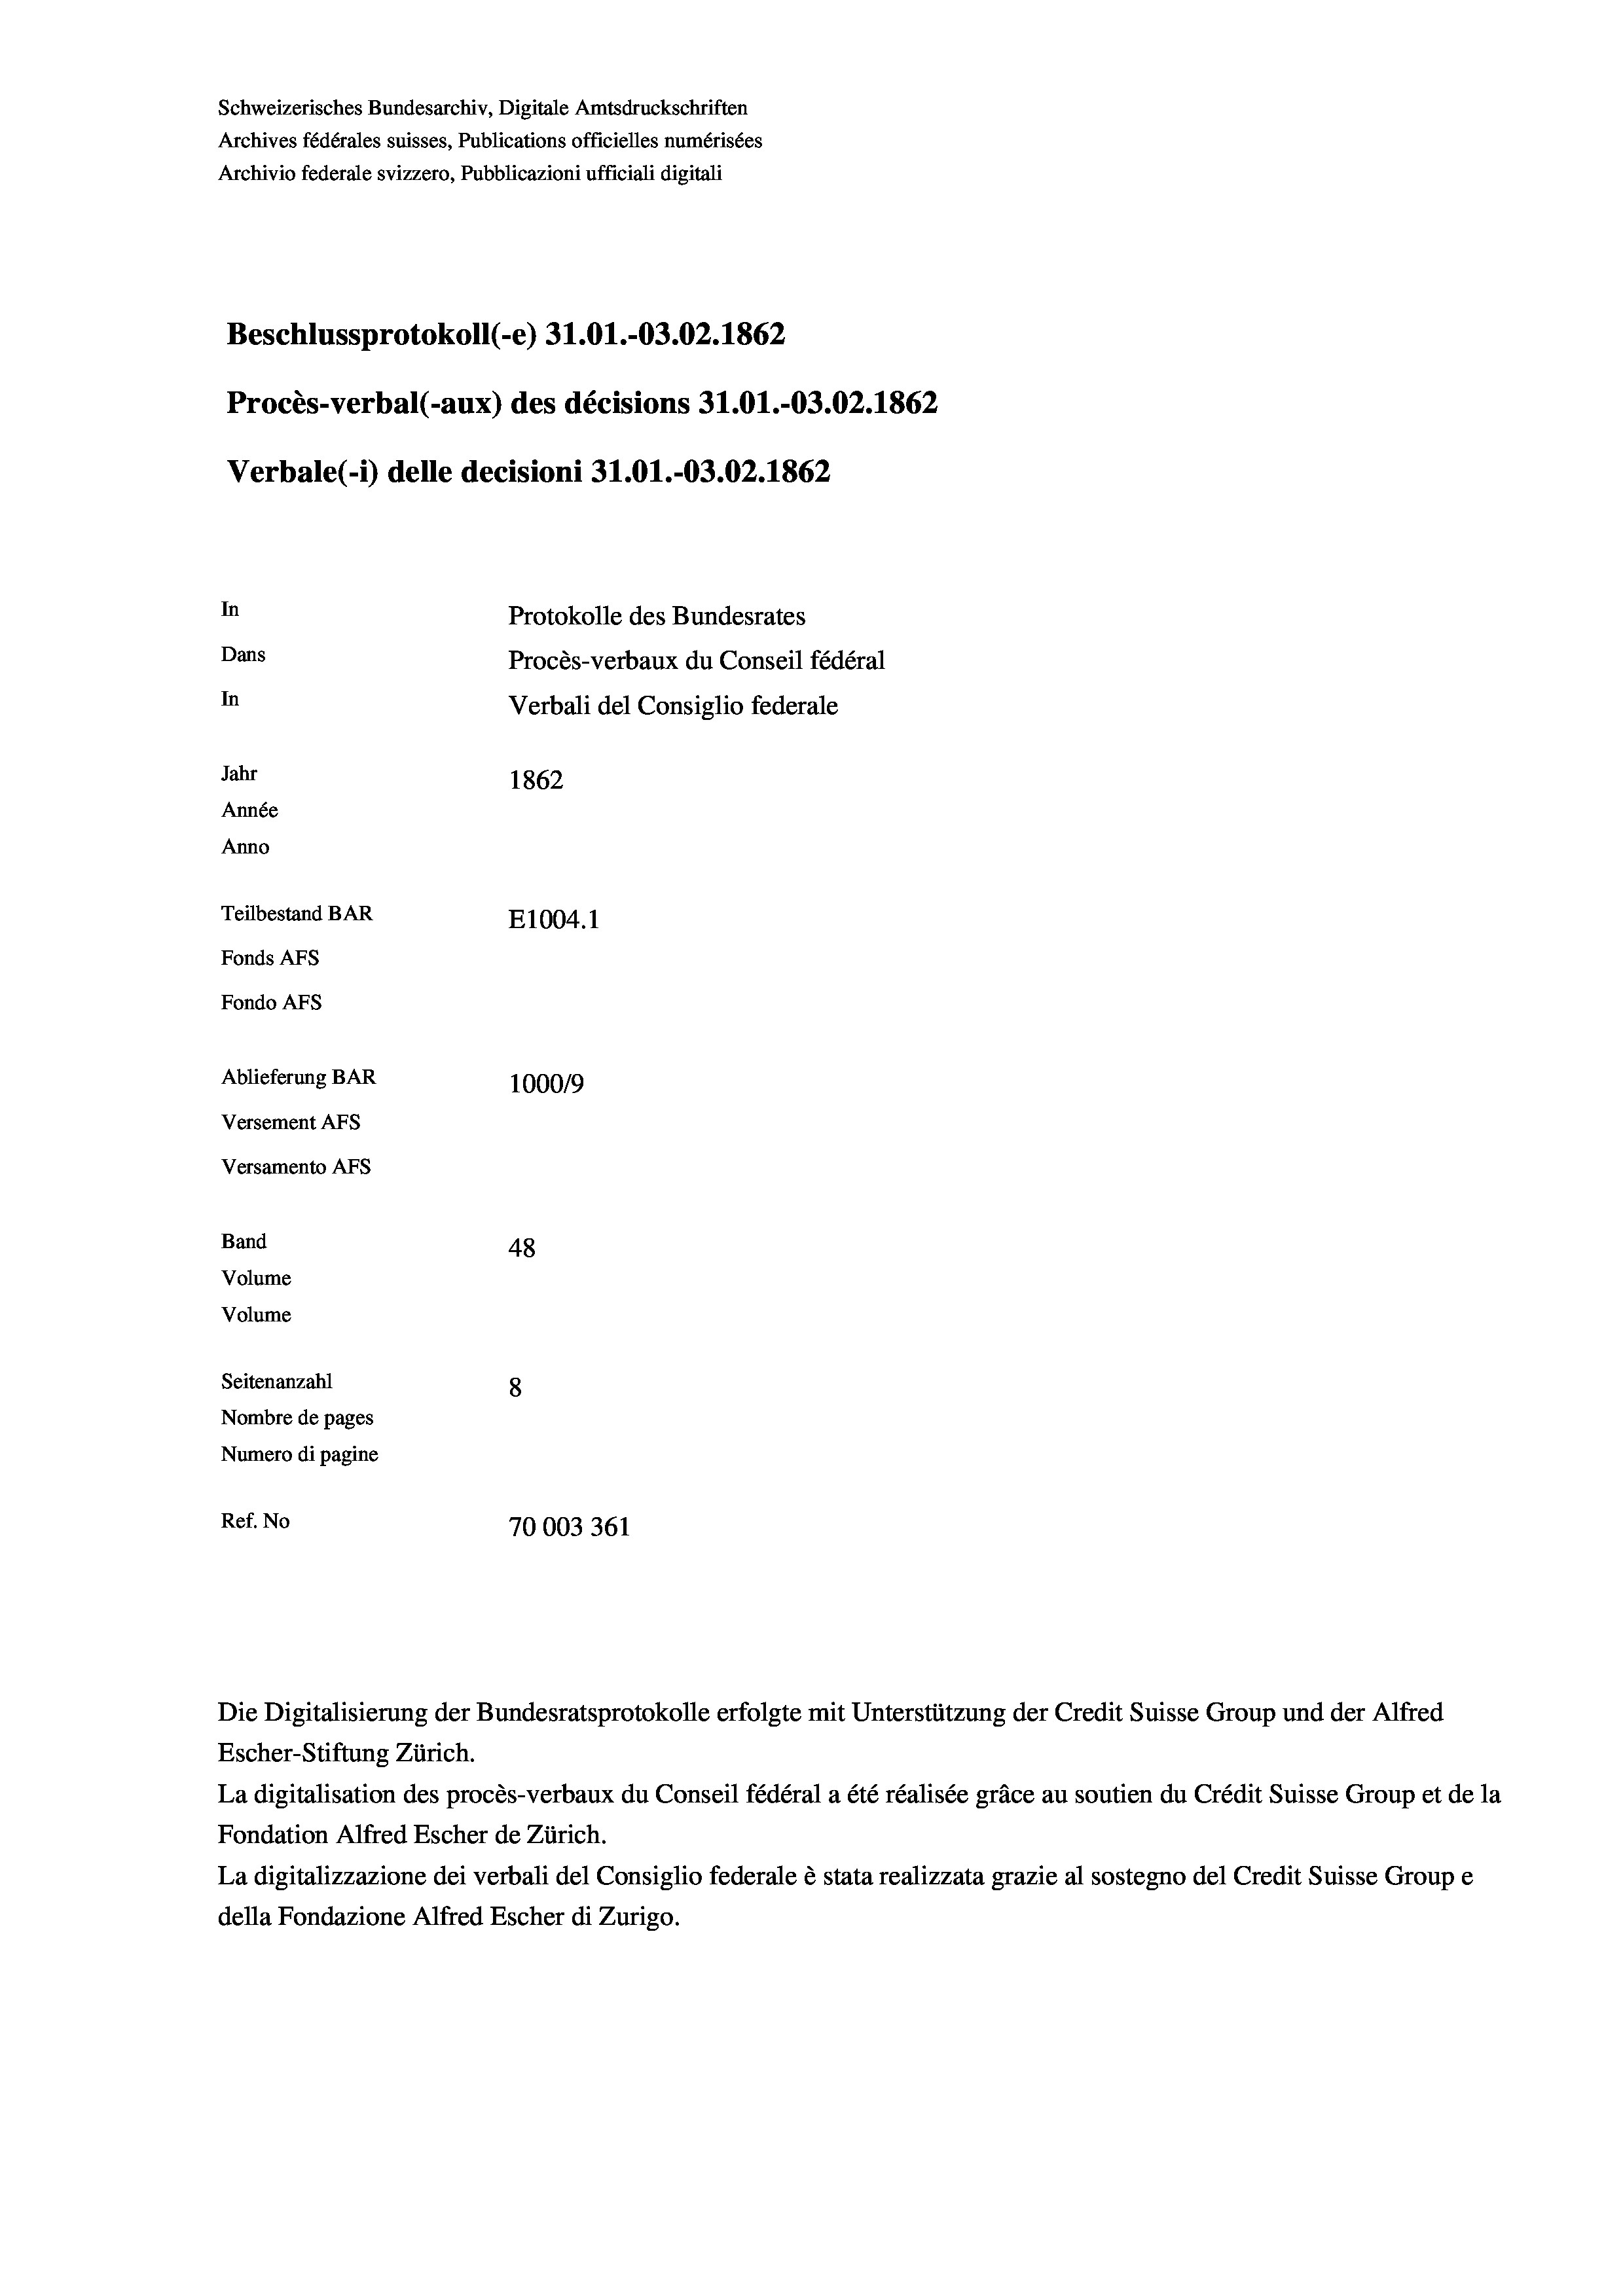
Schweizerisches Bundesarchiv, Digitale Amtsdruckschriften
Archives fédérales suisses, Publications officielles numérisées
Archivio federale svizzero, Pubblicazioni ufficiali digitali
Beschlussprotokoll (-e) 31.01.-03.02. 1862
Procès-verbal (-aux) des décisions 31.01.-03.02. 1862
Verbale(-*) delle decisioni 31.01.-03.02. 1862
In
Protokolle des Bundesrates
Dans
Procès-verbaux du Conseil fédéral
In
Verbali del Consiglio federale
Jahr
1862
Année
Anno
Teilbestand BAR
E1004. 1
Fonds AFs
Fondo Afs
Ablieferung BAR
100019
Versement Ans
Versamento Afs
Band
48
Volume
Volume
Seitenanzahl
8
Nombre de pages
Numero di pagine
Ref. No
70003361

Escher-Stiftung Zürich.
La digitalisation des procès-verbaux du Conseil fédéral a été réalisée gräce au soutien du Crédit Suisse Group et de la
Fondation Alfred Escher de Zürich.
La digitalizzazione dei verbali del Consiglio federale è stata realizzata grazie al sostegno del Credit Suisse Groupe
della Fondazione Alfred Escher di Zurigo.

Die Digitalisierung der Bundesratsprotokolle erfolgte mit Unterstützung der Credit Suisse Group und der Alfred